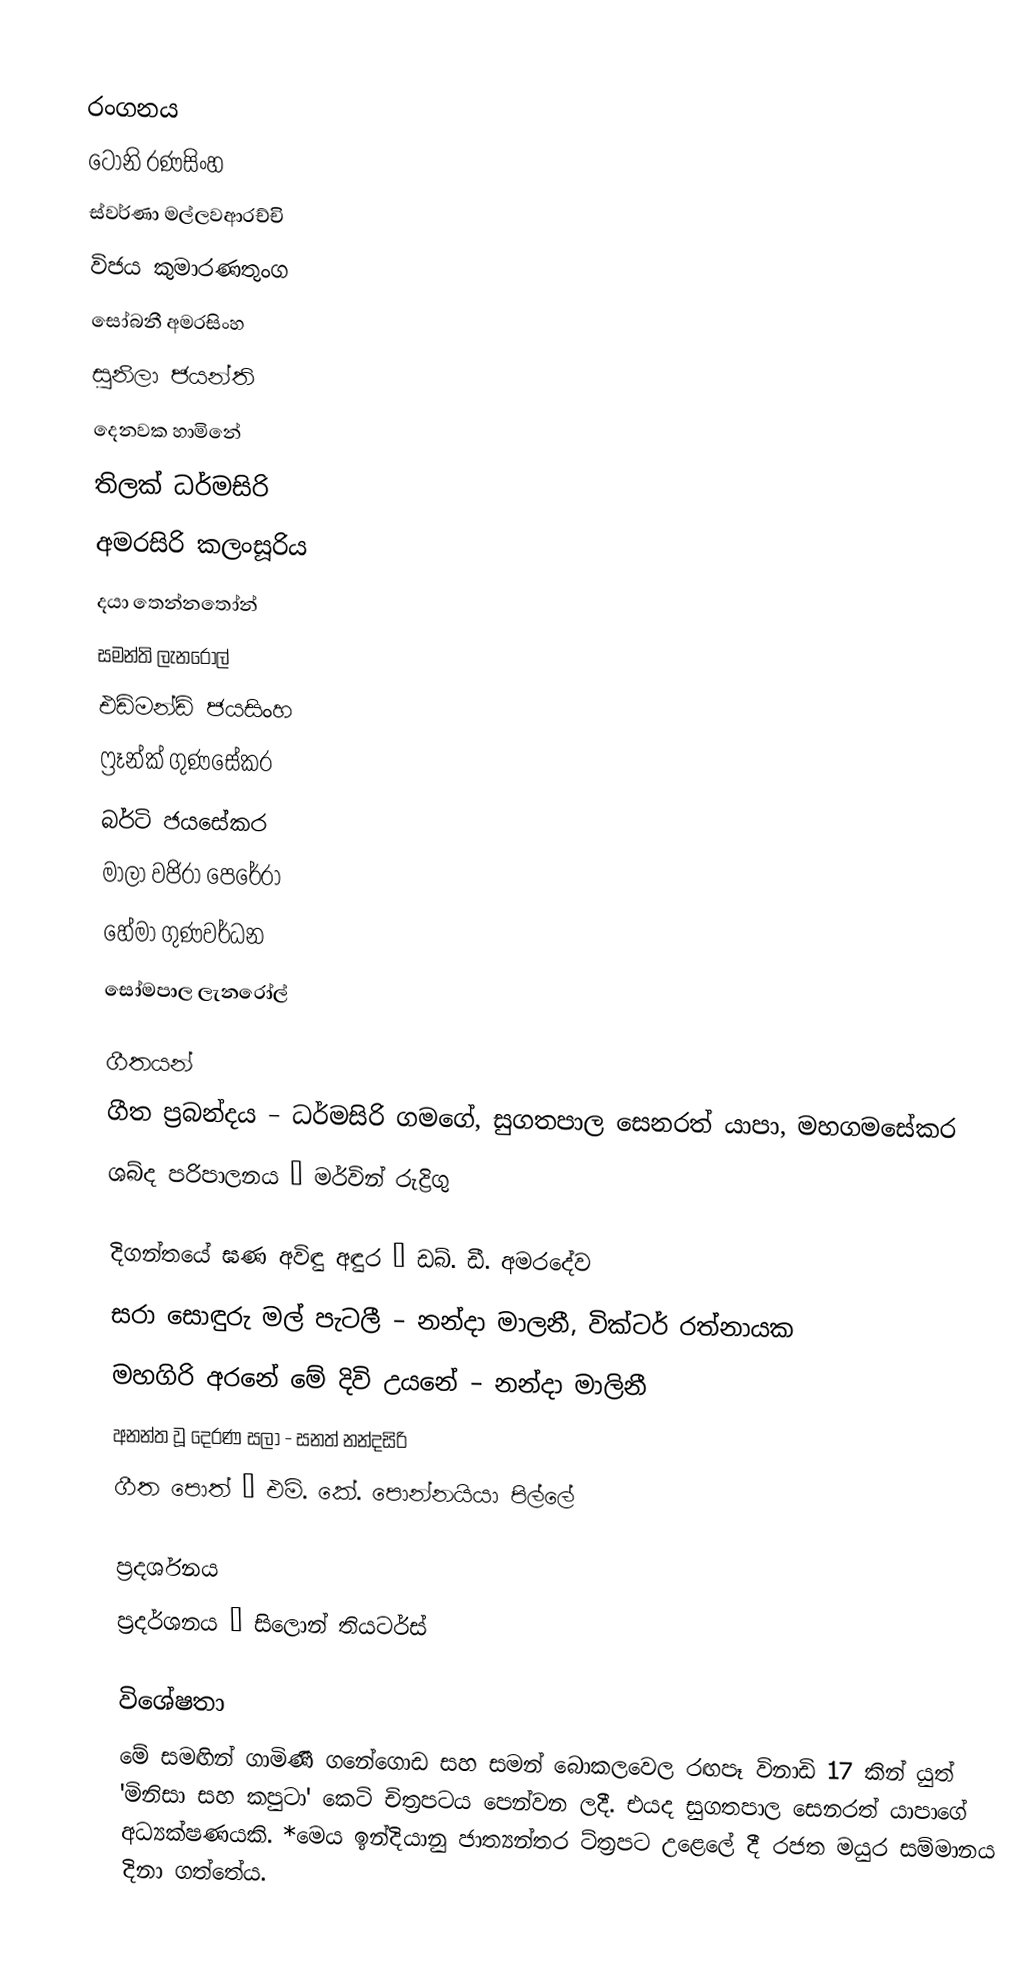

රංගනය
ටෝනි රණසිංහ
ස්වර්ණා මල්ලවආරච්චි
විජය කුමාරණතුංග
සෝබනී අමරසිංහ
සුනිලා ජයන්ති
දෙනවක හාමිනේ
තිලක් ධර්මසිරි
අමරසිරි කලංසූරිය
දයා තෙන්නතෝන්
සමන්ති ලැනරෝල්
එඩ්මන්ඩ් ජයසිංහ
ෆ්‍රෑන්ක් ගුණසේකර
බර්ටි ජයසේකර
මාලා වජිරා පෙරේරා
හේමා ගුණවර්ධන
සෝමපාල ලැනරෝල්

ගීතයන්
ගීත ප්‍රබන්දය – ධර්මසිරි ගමගේ, සුගතපාල සෙනරත් යාපා, මහගමසේකර
ශබ්ද පරිපාලනය – මර්වින් රුද්‍රිගු

දිගන්තයේ ඝණ අවිඳු අඳුර – ඩබ්. ඩී. අමරදේව
සරා සොඳුරු මල් පැටලී – නන්දා මාලනී, වික්ටර් රත්නායක
මහගිරි අරනේ මේ දිවි උයනේ – නන්දා මාලිනී
අනන්ත වූ දෙරණ සලා - සනත් නන්දසිරි
ගීත පොත් – එම්. කේ. පොන්නයියා පිල්ලේ

ප්‍රදර්ශනය
ප්‍රදර්ශනය – සිලොන් තියටර්ස්

විශේෂතා
මේ සමඟින් ගාමිණී ගනේගොඩ සහ සමන් බොකලවෙල රඟපෑ විනාඩි 17 කින් යුත් 'මිනිසා සහ කපුටා' කෙටි චිත්‍රපටය පෙන්වන ලදී. එයද සුගතපාල සෙනරත් යාපාගේ අධ්‍යක්ෂණයකි. *මෙය ඉන්දියානු ජාත්‍යන්තර ට්ත්‍රපට උළෙලේ දී රජත මයුර සම්මානය දිනා ගත්තේය.